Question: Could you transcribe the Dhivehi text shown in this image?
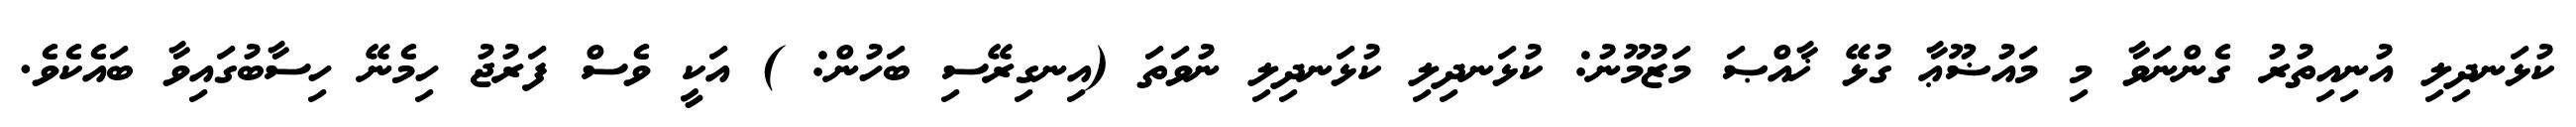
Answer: ކުޅަނދިލި އުނިއިތުރު ގެންނަވާ މި މައުޟޫޢާ ގުޅޭ ޚާއްޞަ މަޒުމޫނު: ކުޅަނދިލި ކުޅަނދިލި ނުވަތަ (އިނގިރޭސި ބަހުން: ) އަކީ ވެސް ފަރުޖު ހިމެނޭ ހިސާބުގައިވާ ބައެކެވެ.